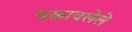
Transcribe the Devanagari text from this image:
चक्रावलेले